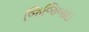
જિજિબાઇ